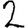
Digit: 2